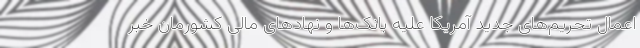
اعمال تحریم‌های جدید آمریکا علیه بانک‌ها و نهادهای مالی کشورمان خبر